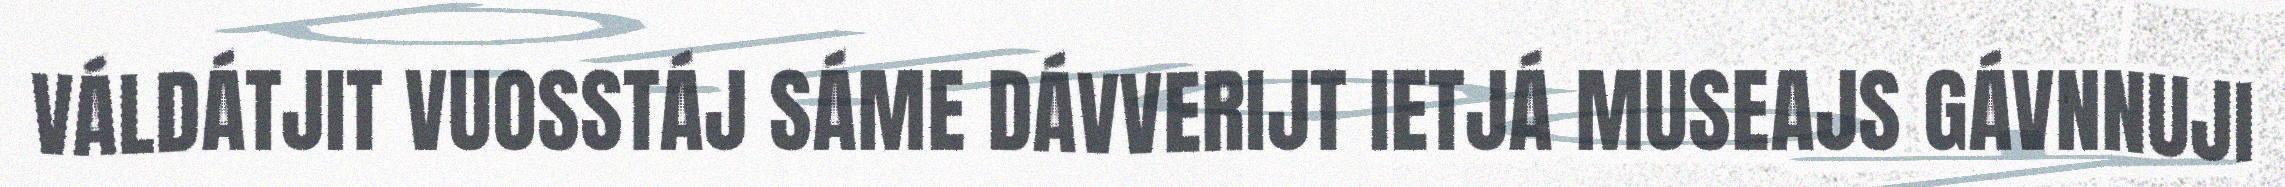
VÁLDÁTJIT VUOSSTÁJ SÁME DÁVVERIJT IETJÁ MUSEAJS GÁVNNUJI